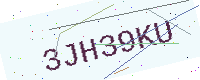
Text: 3JH39KU